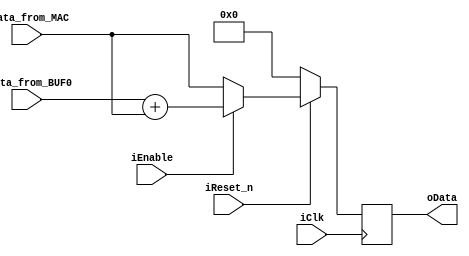
module iig_sum (
				//Input
				input				iClk,
				input				iReset_n,
				input				iEnable,
				input		[20:0]	iData_from_BUF0,
				input		[20:0]	iData_from_MAC,
				//Output
				output	reg	[20:0]	oData
			);
//============================REGISTERS========================================
wire		[20:0]		pre_data;
//=============================================================================
assign	pre_data = (iEnable) ? (iData_from_BUF0 + iData_from_MAC) : (iData_from_MAC);

always @ (posedge iClk)
begin
	if (~iReset_n)
		oData	<= 20'b0;
	else
		oData	<= pre_data;
end

endmodule